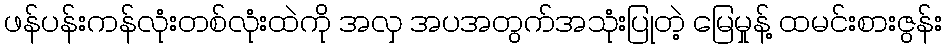
ဖန်ပန်းကန်လုံးတစ်လုံးထဲကို အလှ အပအတွက်အသုံးပြုတဲ့ မြေမှုန့် ထမင်းစားဇွန်း